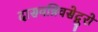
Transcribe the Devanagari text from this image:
दासवन्निवसेद्गुरो